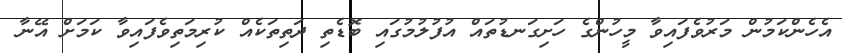
އެހެންކަމުން މަރުވެފައިވާ މީހުންގެ ހަށިގަނޑުތައް އުފުލުމުގައި ބޮޑެތި ދަތިތަކެއް ކުރިމަތިވެފައިވާ ކަމަށް އޭނާ